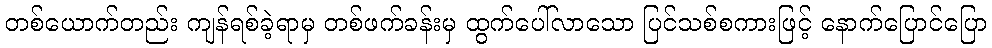
တစ်ယောက်တည်း ကျန်ရစ်ခဲ့ရာမှ တစ်ဖက်ခန်းမှ ထွက်ပေါ်လာသော ပြင်သစ်စကားဖြင့် နောက်ပြောင်ပြော